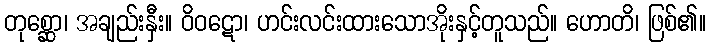
တုစ္ဆော၊ အချည်းနှီး။ ဝိဝဋော၊ ဟင်းလင်းထားသောအိုးနှင့်တူသည်။ ဟောတိ၊ ဖြစ်၏။